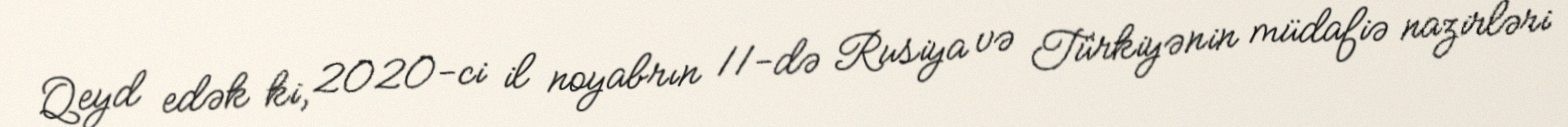
Qeyd edək ki, 2020-ci il noyabrın 11-də Rusiya və Türkiyənin müdafiə nazirləri